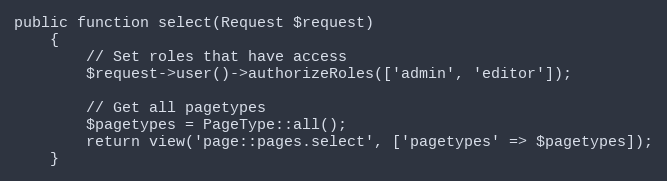
Language: PHP
public function select(Request $request)
    {
        // Set roles that have access
        $request->user()->authorizeRoles(['admin', 'editor']);

        // Get all pagetypes
        $pagetypes = PageType::all();
        return view('page::pages.select', ['pagetypes' => $pagetypes]);
    }